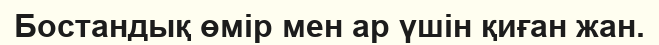
Бостандық өмір мен ар үшін қиған жан.